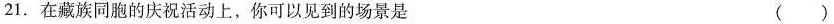
21.在藏族同胞的庆祝活动上，你可以见到的场景是 ()